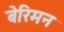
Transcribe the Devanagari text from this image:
बेरिमन